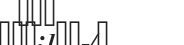
١٧٥